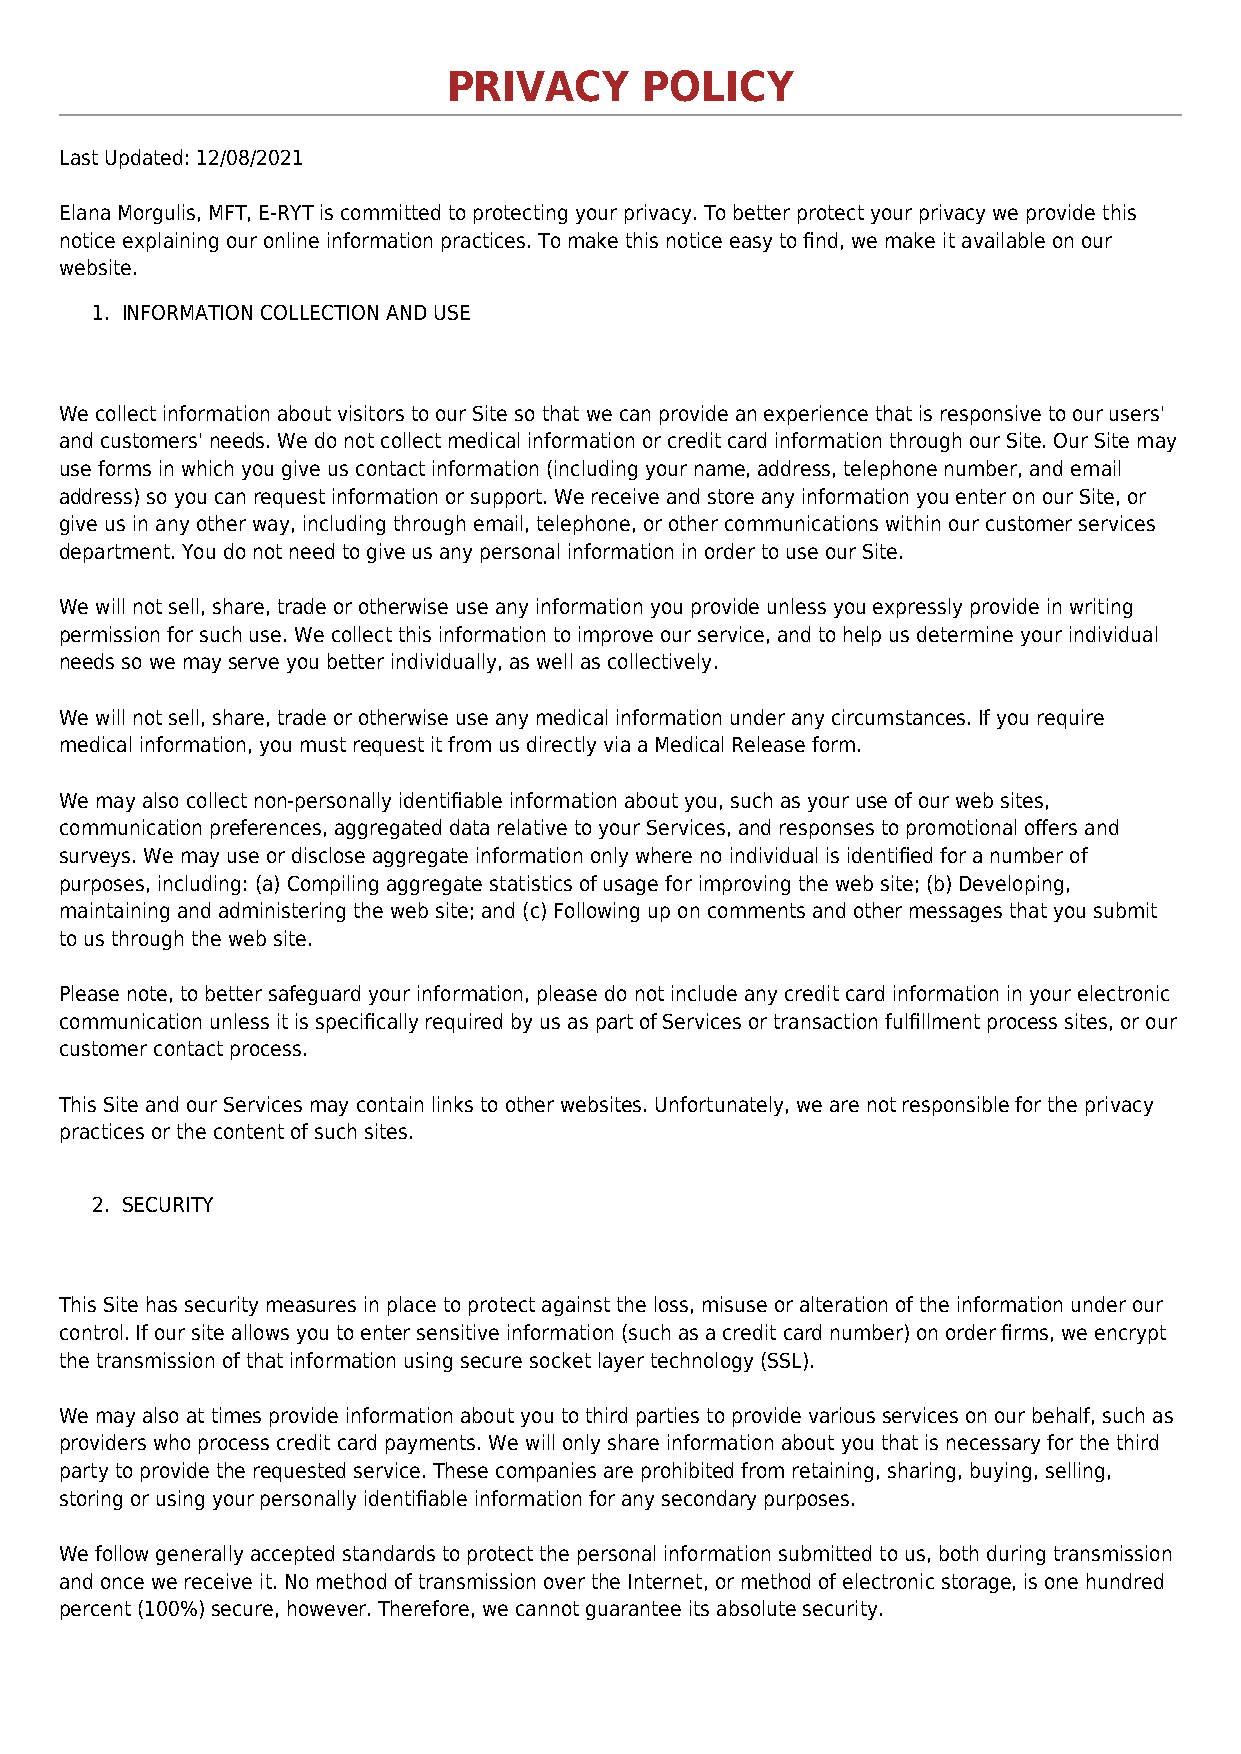
PRIVACY      POLICY
 Last Updated: 12/08/2021
 Elana Morgulis, MFT, E-RYT is committed to protecting your privacy. To better protect your privacy we provide this
 notice explaining our online information practices. To make this notice easy to find, we make it available on our
 website.
 1. INFORMATION COLLECTION AND USE
 We collect information about visitors to our Site so that we can provide an experience that is responsive to our users'
 and customers' needs. We do not collect medical information or credit card information through our Site. Our Site may
 use forms in which you give us contact information (including your name, address, telephone number, and email
 address) so you can request information or support. We receive and store any information you enter on our Site, or
 give us in any other way, including through email, telephone, or other communications within our customer services
 department. You do not need to give us any personal information in order to use our Site.
 We will not sell, share, trade or otherwise use any information you provide unless you expressly provide in writing
 permission for such use. We collect this information to improve our service, and to help us determine your individual
 needs so we may serve you better individually, as well as collectively.
 We will not sell, share, trade or otherwise use any medical information under any circumstances. If you require
 medical information, you must request it from us directly via a Medical Release form.
 We may also collect non-personally identifiable information about you, such as your use of our web sites,
 communication preferences, aggregated data relative to your Services, and responses to promotional offers and
 surveys. We may use or disclose aggregate information only where no individual is identified for a number of
 purposes, including: (a) Compiling aggregate statistics of usage for improving the web site; (b) Developing,
 maintaining and administering the web site; and (c) Following up on comments and other messages that you submit
 to us through the web site.
 Please note, to better safeguard your information, please do not include any credit card information in your electronic
 communication unless it is specifically required by us as part of Services or transaction fulfillment process sites, or our
 customer contact process.
 This Site and our Services may contain links to other websites. Unfortunately, we are not responsible for the privacy
 practices or the content of such sites.
 2. SECURITY
 This Site has security measures in place to protect against the loss, misuse or alteration of the information under our
 control. If our site allows you to enter sensitive information (such as a credit card number) on order firms, we encrypt
 the transmission of that information using secure socket layer technology (SSL).
 We may also at times provide information about you to third parties to provide various services on our behalf, such as
 providers who process credit card payments. We will only share information about you that is necessary for the third
 party to provide the requested service. These companies are prohibited from retaining, sharing, buying, selling,
 storing or using your personally identifiable information for any secondary purposes.
 We follow generally accepted standards to protect the personal information submitted to us, both during transmission
 and once we receive it. No method of transmission over the Internet, or method of electronic storage, is one hundred
 percent (100%) secure, however. Therefore, we cannot guarantee its absolute security.